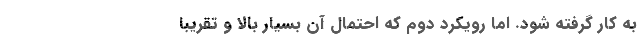
به کار گرفته شود. اما رویکرد دوم که احتمال آن بسیار بالا و تقریبا